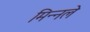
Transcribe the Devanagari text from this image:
मिन्नले